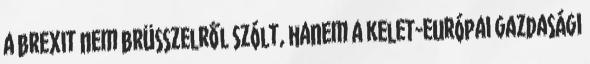
a brexit nem brüsszelről szólt, hanem a kelet-európai gazdasági